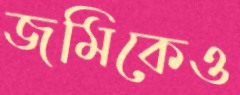
জমিকেও